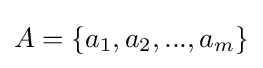
A=\{a_{1},a_{2},...,a_{m}\}